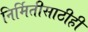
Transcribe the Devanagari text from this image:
निर्मितीसाठीही